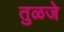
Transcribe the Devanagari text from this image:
तुळजे